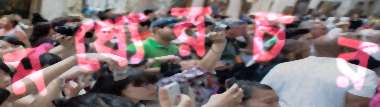
মধ্যেরচর